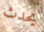
يحدث